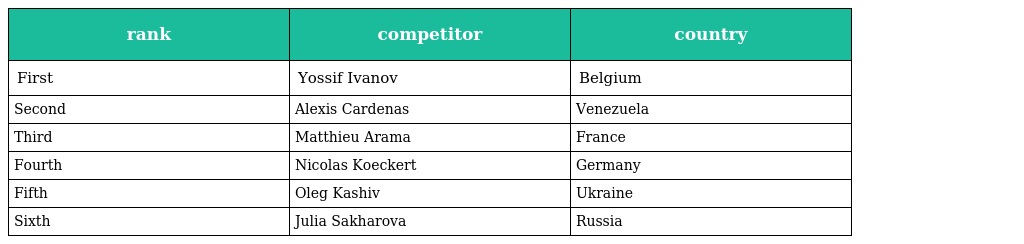
| rank | competitor | country |
 | --- | --- | --- |
 | First | Yossif Ivanov | Belgium |
 | Second | Alexis Cardenas | Venezuela |
 | Third | Matthieu Arama | France |
 | Fourth | Nicolas Koeckert | Germany |
 | Fifth | Oleg Kashiv | Ukraine |
 | Sixth | Julia Sakharova | Russia |